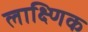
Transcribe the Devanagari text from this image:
लाक्ष्णिक